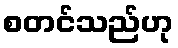
စတင်သည်ဟု